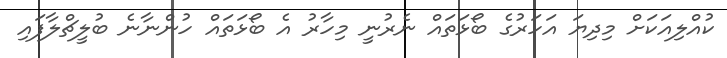
ކުއްލިއަކަށް މިދިޔަ އަހަރުގެ ބޯޅަތައް ނެރުނީ މިހާރު އެ ބޯޅަތައް ހުންނާނެ ބުލީޗްލާފައި